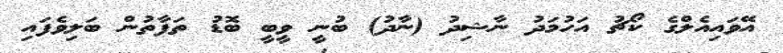
އޭވައިއެލްގެ ކޯޗު އަހުމަދު ނާޝިދު (ނާދު) ބުނީ ވީބީ ބޮޑު ތަފާތުން ބަލިވެފައި